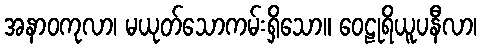
အနာဝကုလာ၊ မယုတ်သောကမ်းရှိသော။ ဝေဠုရိယူပနီလာ၊